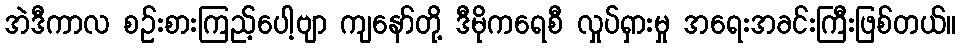
အဲဒီကာလ စဉ်းစားကြည့်ပေါ့ဗျာ ကျနော်တို့ ဒီမိုကရေစီ လှုပ်ရှားမှု အရေးအခင်းကြီးဖြစ်တယ်။